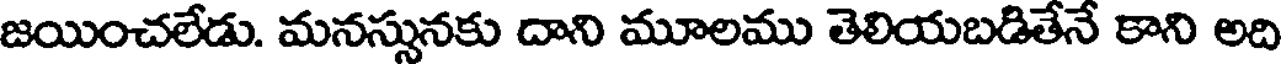
జయించలేడు. మనస్సునకు దాని మూలము తెలియబడితేనే కాని అది